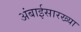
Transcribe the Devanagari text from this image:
अंबाईसारख्या